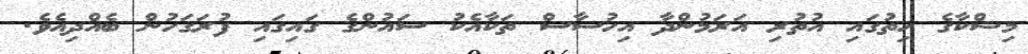
މިޝްކާގެ ހިތުގައި އުތުރި އަރަމުންދާ އިހުސާސް ތަކާއެކު ސައުންގެ ގައިގައި ފުރަގަހުން ބެއްދިއެވެ.